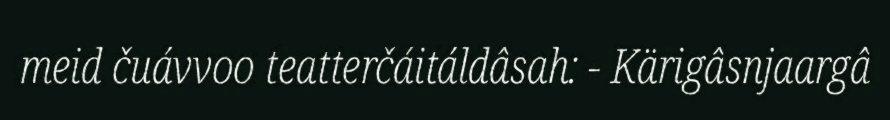
meid čuávvoo teatterčáitáldâsah: - Kärigâsnjaargâ